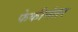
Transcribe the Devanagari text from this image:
फेकीनंतर